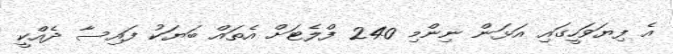
އެ ފިޔަވަހީގައި އަޅަން ނިންމި 240 ފްލެޓަށް އެތައް ބަޔަކު ފައިސާ ދެއްކީ